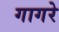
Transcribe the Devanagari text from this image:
गागरे